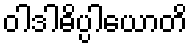
ဝါဒါဓိပ္ပါယောတိ